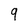
Character: 9